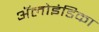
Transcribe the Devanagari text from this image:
ॲलोइंडिका